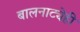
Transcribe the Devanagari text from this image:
बालनाट्येही